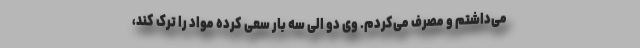
می‌داشتم و مصرف می‌کردم. وی دو الی سه بار سعی کرده مواد را ترک کند،